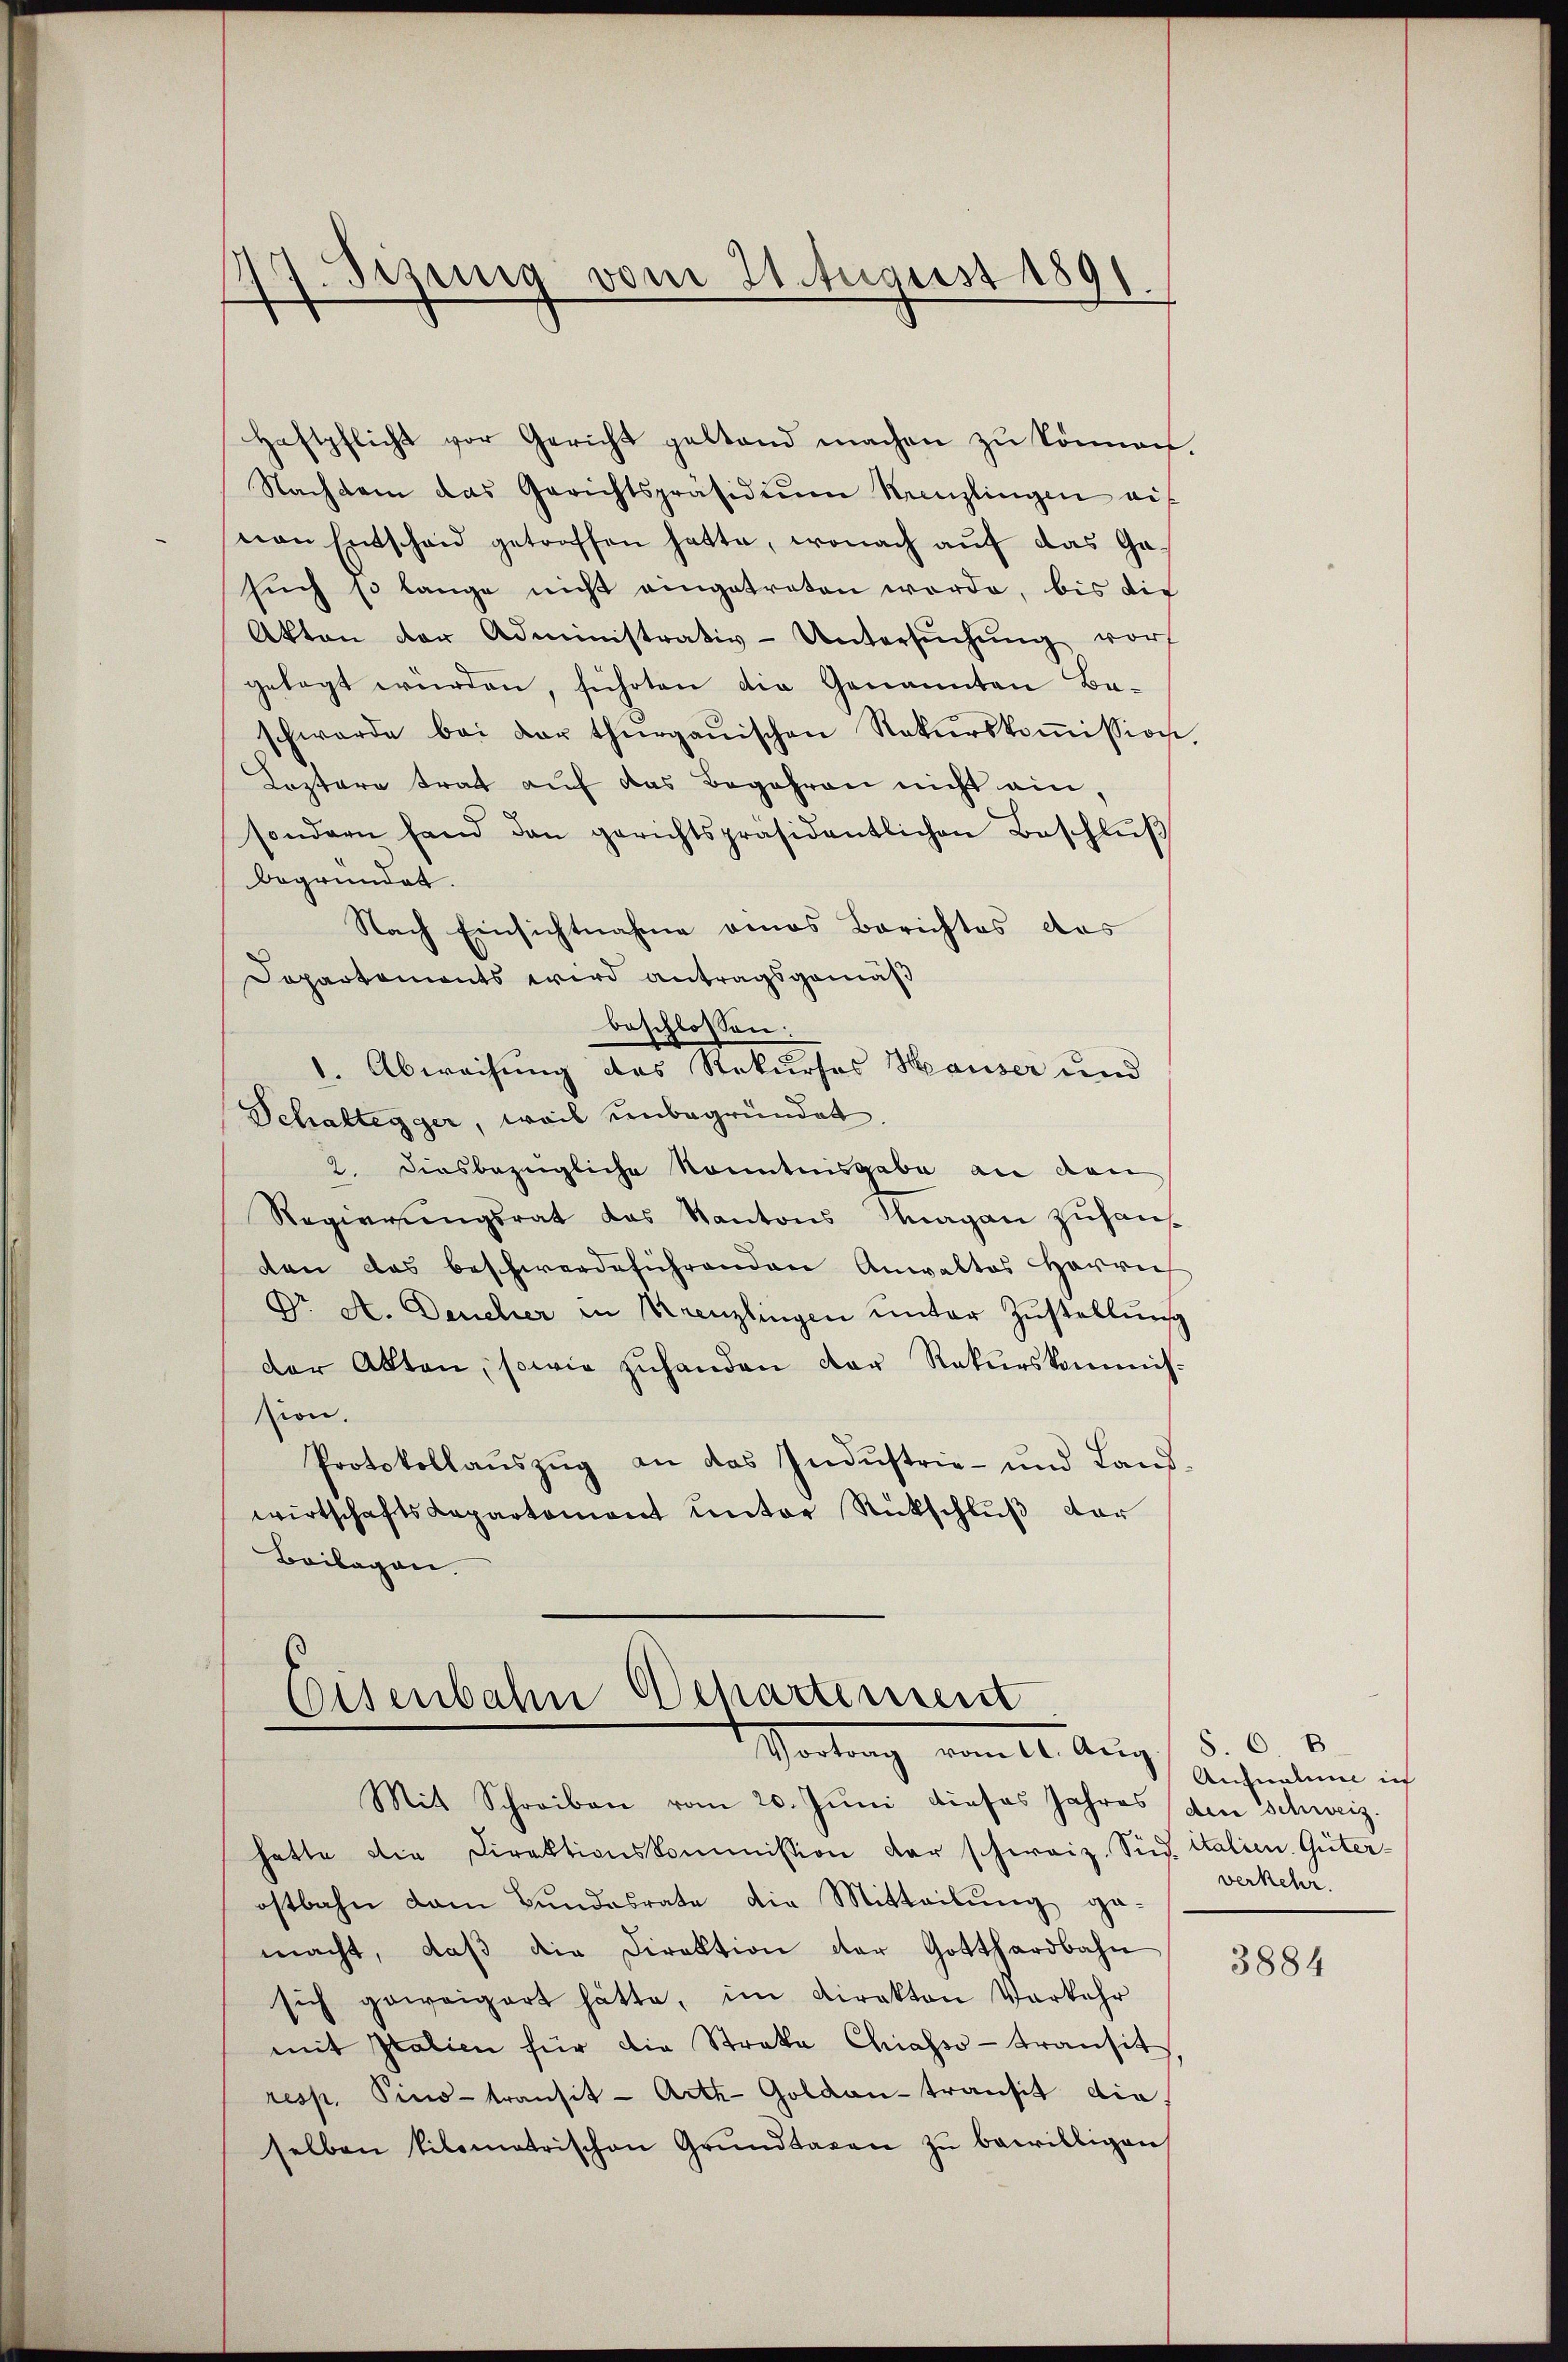
Sizung vom 21. August 1891
s

Haftpflicht vor Gericht geltend machen zŭ können.
Nachdem das Gerichtspräsidiŭm Krenzlingen auf
von Entschaid getroffen hatte, wonach auf das Ga-
such so lange nicht eingetreten werde, bis die
Akten der Administrativ-Untersŭchŭng vorf
gelegt würden, führten die Genannten Ba-
schwerde bei der thurgauischen Rekurskoṁission.
Leztere trat auf das Begehren nicht ein,
sondern hand dan gerichtspräsidentlichen Beschlŭβ
begründet.
Nach Einsichtnahme eines Berichtes des
Departements wird antragsgemäß
beschlossen:
1. Abwachung des Rekurses Hauser und
Schaltegger, weil unbegründet
2. diesbezügliche konntnisgabe die dan
Regierŭngsrat das Kantons Magan zŭhan-
ten das beschwerdeführenden Anwaltes Herrn
Dr. A. Deucher in Kreuzlingen unter Zustellung
der Akten, sowie zŭhanden der Rekurskommission.
Protokollaŭszŭg an das Indŭstrie- und Land-
wirtschaftskapartement unter Rückschlŭβ der
Beilagen.

Eisenbahn Departement
Sartung vom 16. Aug

Mit Schreiben vom 20. Juni dieses Jahres den Schweiz.
hatte die Direktionskommission der schweiz. Sied. italien Güter-
ostbahn dem Bundesrate die Mitteilung ga-
macht, daβ die Direktion der Gotthardbahn
sich geweigert hätte, im Direkton Vorkehr
mit Italien für die Straka Chiasso transit
resp. Pino-transit-Arth-Goldau-transit die
selben tilematrischen Grŭndtagen zŭ bewilligen

8.
Aufnahme in
verkehr.

3884